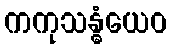
ကကုသန္ဓံယေဝ